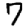
Digit: 7